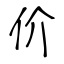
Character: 价